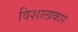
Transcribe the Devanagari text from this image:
विशालाकार